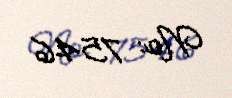
№: 7546